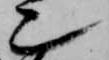
也